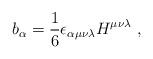
LaTeX: \begin{align*}b_{\alpha }=\frac{1}{6}\epsilon _{\alpha \mu \nu \lambda }H^{\mu \nu \lambda}\ ,\end{align*}